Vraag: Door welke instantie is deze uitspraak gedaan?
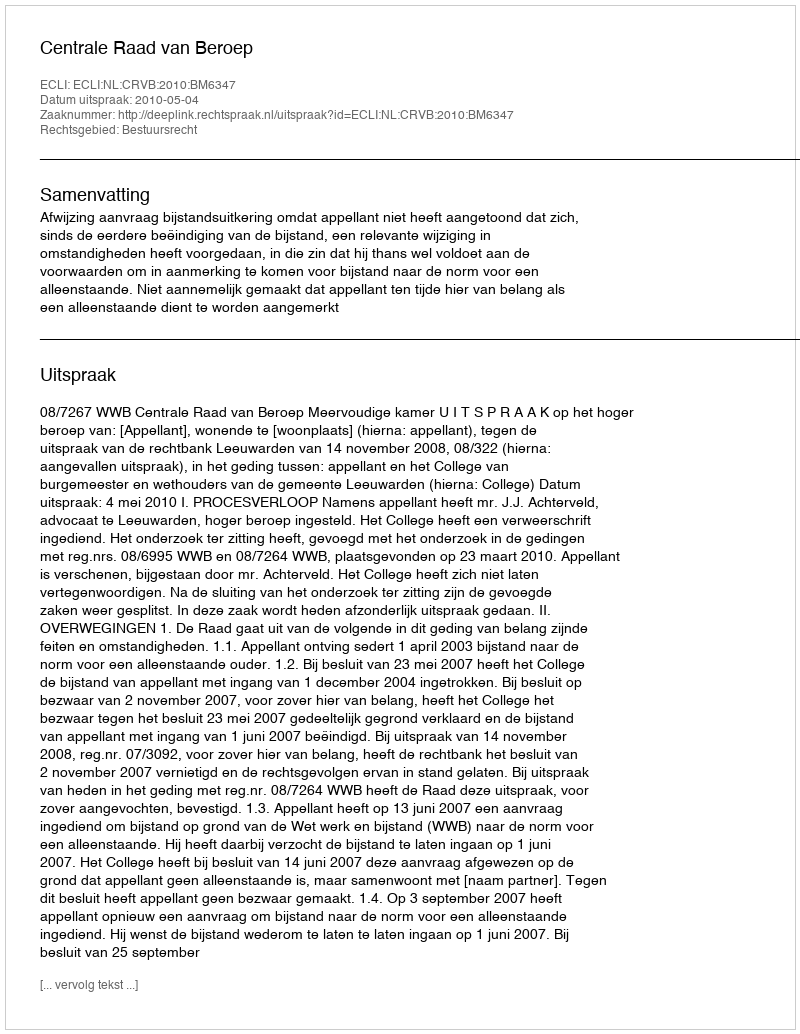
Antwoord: Centrale Raad van Beroep